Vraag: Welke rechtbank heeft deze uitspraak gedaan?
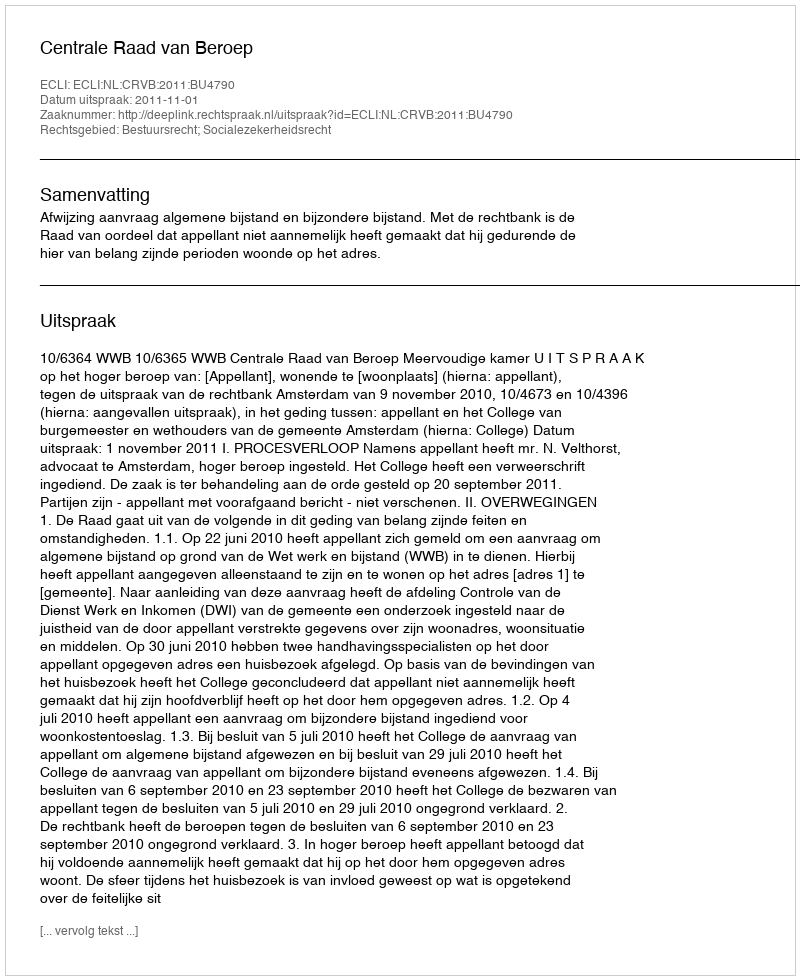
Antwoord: Centrale Raad van Beroep